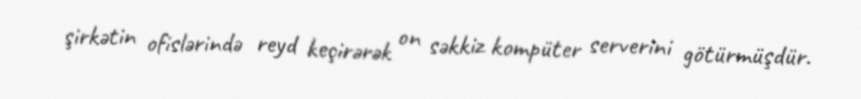
şirkətin ofislərində reyd keçirərək on səkkiz kompüter serverini götürmüşdür.